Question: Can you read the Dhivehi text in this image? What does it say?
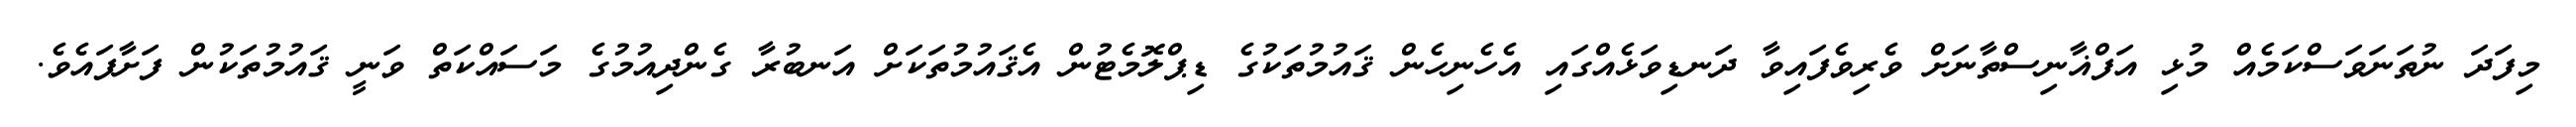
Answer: މިފަދަ ނުތަނަވަސްކަމެއް މުޅި އަފްޣާނިސްތާނަށް ވެރިވެފައިވާ ދަނޑިވަޅެއްގައި އެހެނިހެން ޤައުމުތަކުގެ ޑިޕްލޮމެޓުން އެޤައުމުތަކަށް އަނބުރާ ގެންދިއުމުގެ މަސައްކަތް ވަނީ ޤައުމުތަކުން ފަށާފައެވެ.